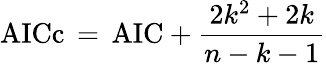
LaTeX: \mathrm{AICc}\, =\, \mathrm{AIC}+{\frac{2k^{2}+2k}{n-k-1}}